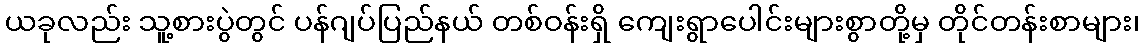
ယခုလည်း သူ့စားပွဲတွင် ပန်ဂျပ်ပြည်နယ် တစ်ဝန်းရှိ ကျေးရွာပေါင်းများစွာတို့မှ တိုင်တန်းစာများ၊